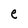
Character: e